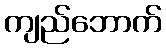
ကျည်ဘောက်